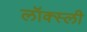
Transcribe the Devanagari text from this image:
लॉक्स्ली